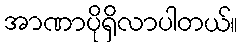
အာဏာပိုရှိလာပါတယ်။